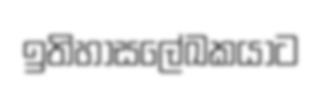
ඉතිහාසලේඛකයාට